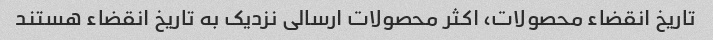
تاریخ انقضاء محصولات، اکثر محصولات ارسالی نزدیک به تاریخ انقضاء هستند